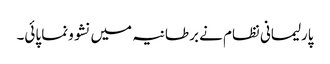
پارلیمانی نظام نے برطانیہ میں نشوونما پائی۔